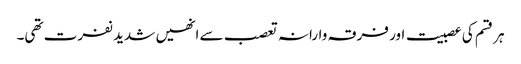
ہر قسم کی عصبیت اور فرقہ وارانہ تعصب سے انھیں شدید نفرت تھی۔